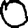
Digit: 0